Indian journal of veterinary science and animal husbandry - Volume 2,
Year: 1932
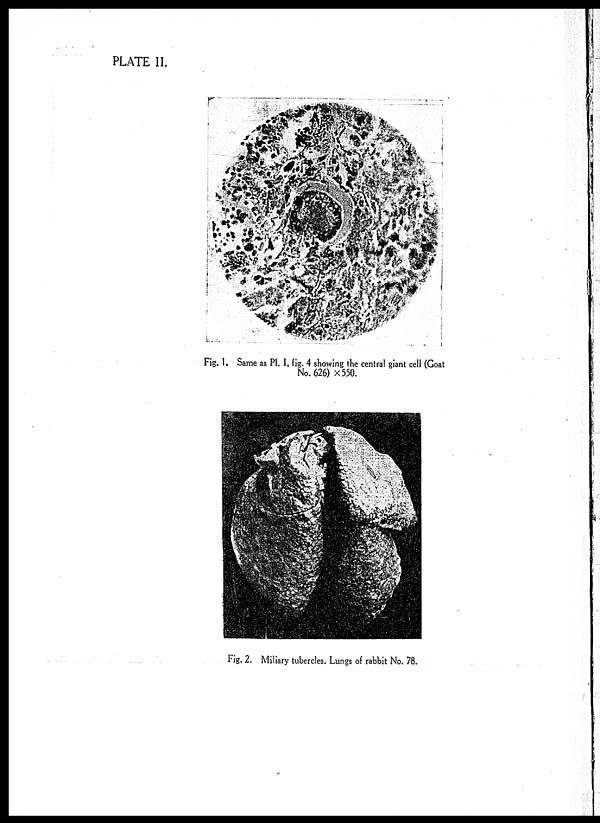
PLATE II.
Fig. 1. Same as Pl. I, fig. 4 showing the central giant cell (Goat
No. 626) × 550.
Fig. 2. Miliary tubercles, Lungs of rabbit No. 78.